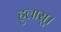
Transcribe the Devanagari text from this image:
हुलासू।